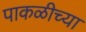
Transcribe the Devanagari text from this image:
पाकळीच्या